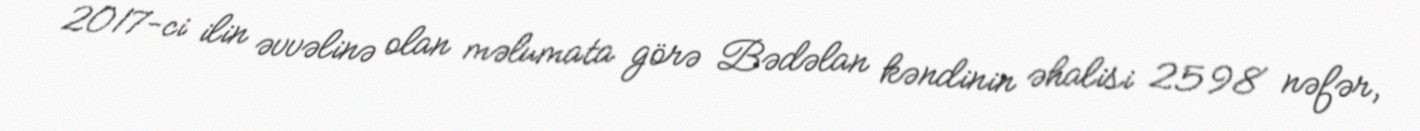
2017-ci ilin əvvəlinə olan məlumata görə Bədəlan kəndinin əhalisi 2598 nəfər,